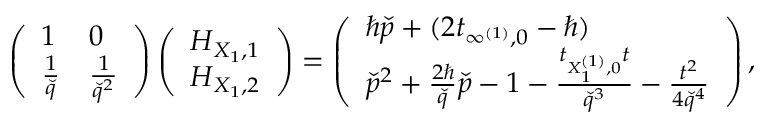
\left( \begin{array} { l l } { 1 } & { 0 } \\ { \frac { 1 } { \check { q } } } & { \frac { 1 } { \check { q } ^ { 2 } } } \end{array} \right) \left( \begin{array} { l } { H _ { X _ { 1 } , 1 } } \\ { H _ { X _ { 1 } , 2 } } \end{array} \right) = \left( \begin{array} { l } { \hbar \check { p } + ( 2 t _ { \infty ^ { ( 1 ) } , 0 } - \hbar ) } \\ { \check { p } ^ { 2 } + \frac { 2 \hbar } { \check { q } } \check { p } - 1 - \frac { t _ { X _ { 1 } ^ { ( 1 ) } , 0 } t } { \check { q } ^ { 3 } } - \frac { t ^ { 2 } } { 4 \check { q } ^ { 4 } } } \end{array} \right) ,